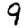
Digit: 9